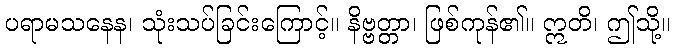
ပရာမသနေန၊ သုံးသပ်ခြင်းကြောင့်။ နိဗ္ဗတ္တာ၊ ဖြစ်ကုန်၏။ ဣတိ၊ ဤသို့။